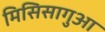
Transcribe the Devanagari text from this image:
मिसिसागुआ